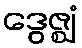
ဒွေဇ္ဈံ